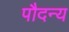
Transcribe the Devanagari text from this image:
पौदन्य